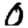
Digit: 0